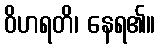
ဝိဟရတိ၊ နေရ၏။